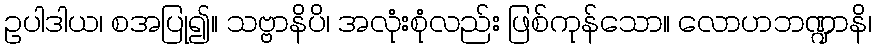
ဥပါဒါယ၊ စအပြု၍။ သဗ္ဗာနိပိ၊ အလုံးစုံလည်း ဖြစ်ကုန်သော။ လောဟဘဏ္ဍာနိ၊